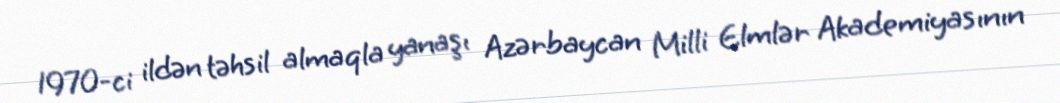
1970-ci ildən təhsil almaqla yanaşı Azərbaycan Milli Elmlər Akademiyasının